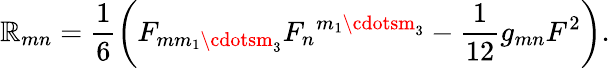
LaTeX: \mathbb{R}_{mn}=\frac{{1}}{{6}}\left(F_{mm_{1}\cdotsm_{3}}{F_{n}}^{m_{1}\cdotsm_{3}}-\frac{{1}}{{12}}g_{mn}F^{2}\right).